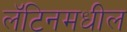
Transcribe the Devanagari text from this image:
लॅटिनमधील